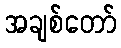
အချစ်တော်